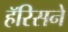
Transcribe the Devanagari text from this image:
हॅरिसने